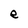
Character: e